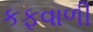
કફવાળી